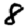
Digit: 8